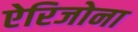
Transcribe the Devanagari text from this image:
ऐरिजोना